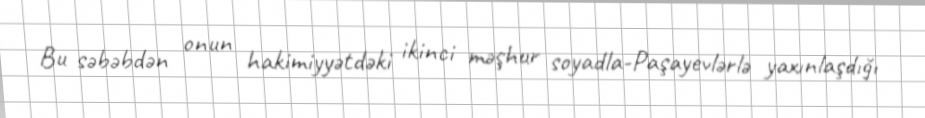
Bu səbəbdən onun hakimiyyətdəki ikinci məşhur soyadla-Paşayevlərlə yaxınlaşdığı